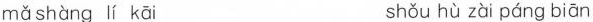
mǎ shàng lí kāi shǒu hù zài páng bíān